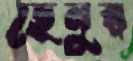
ছেনুর